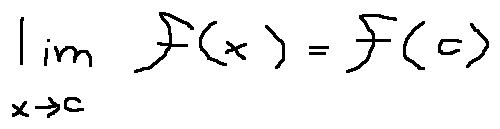
\lim \limits _ { x \rightarrow c } f ( x ) = f ( c )